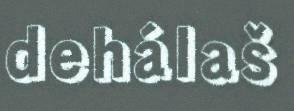
dehálaš